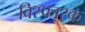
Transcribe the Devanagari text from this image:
विस्‍फारक